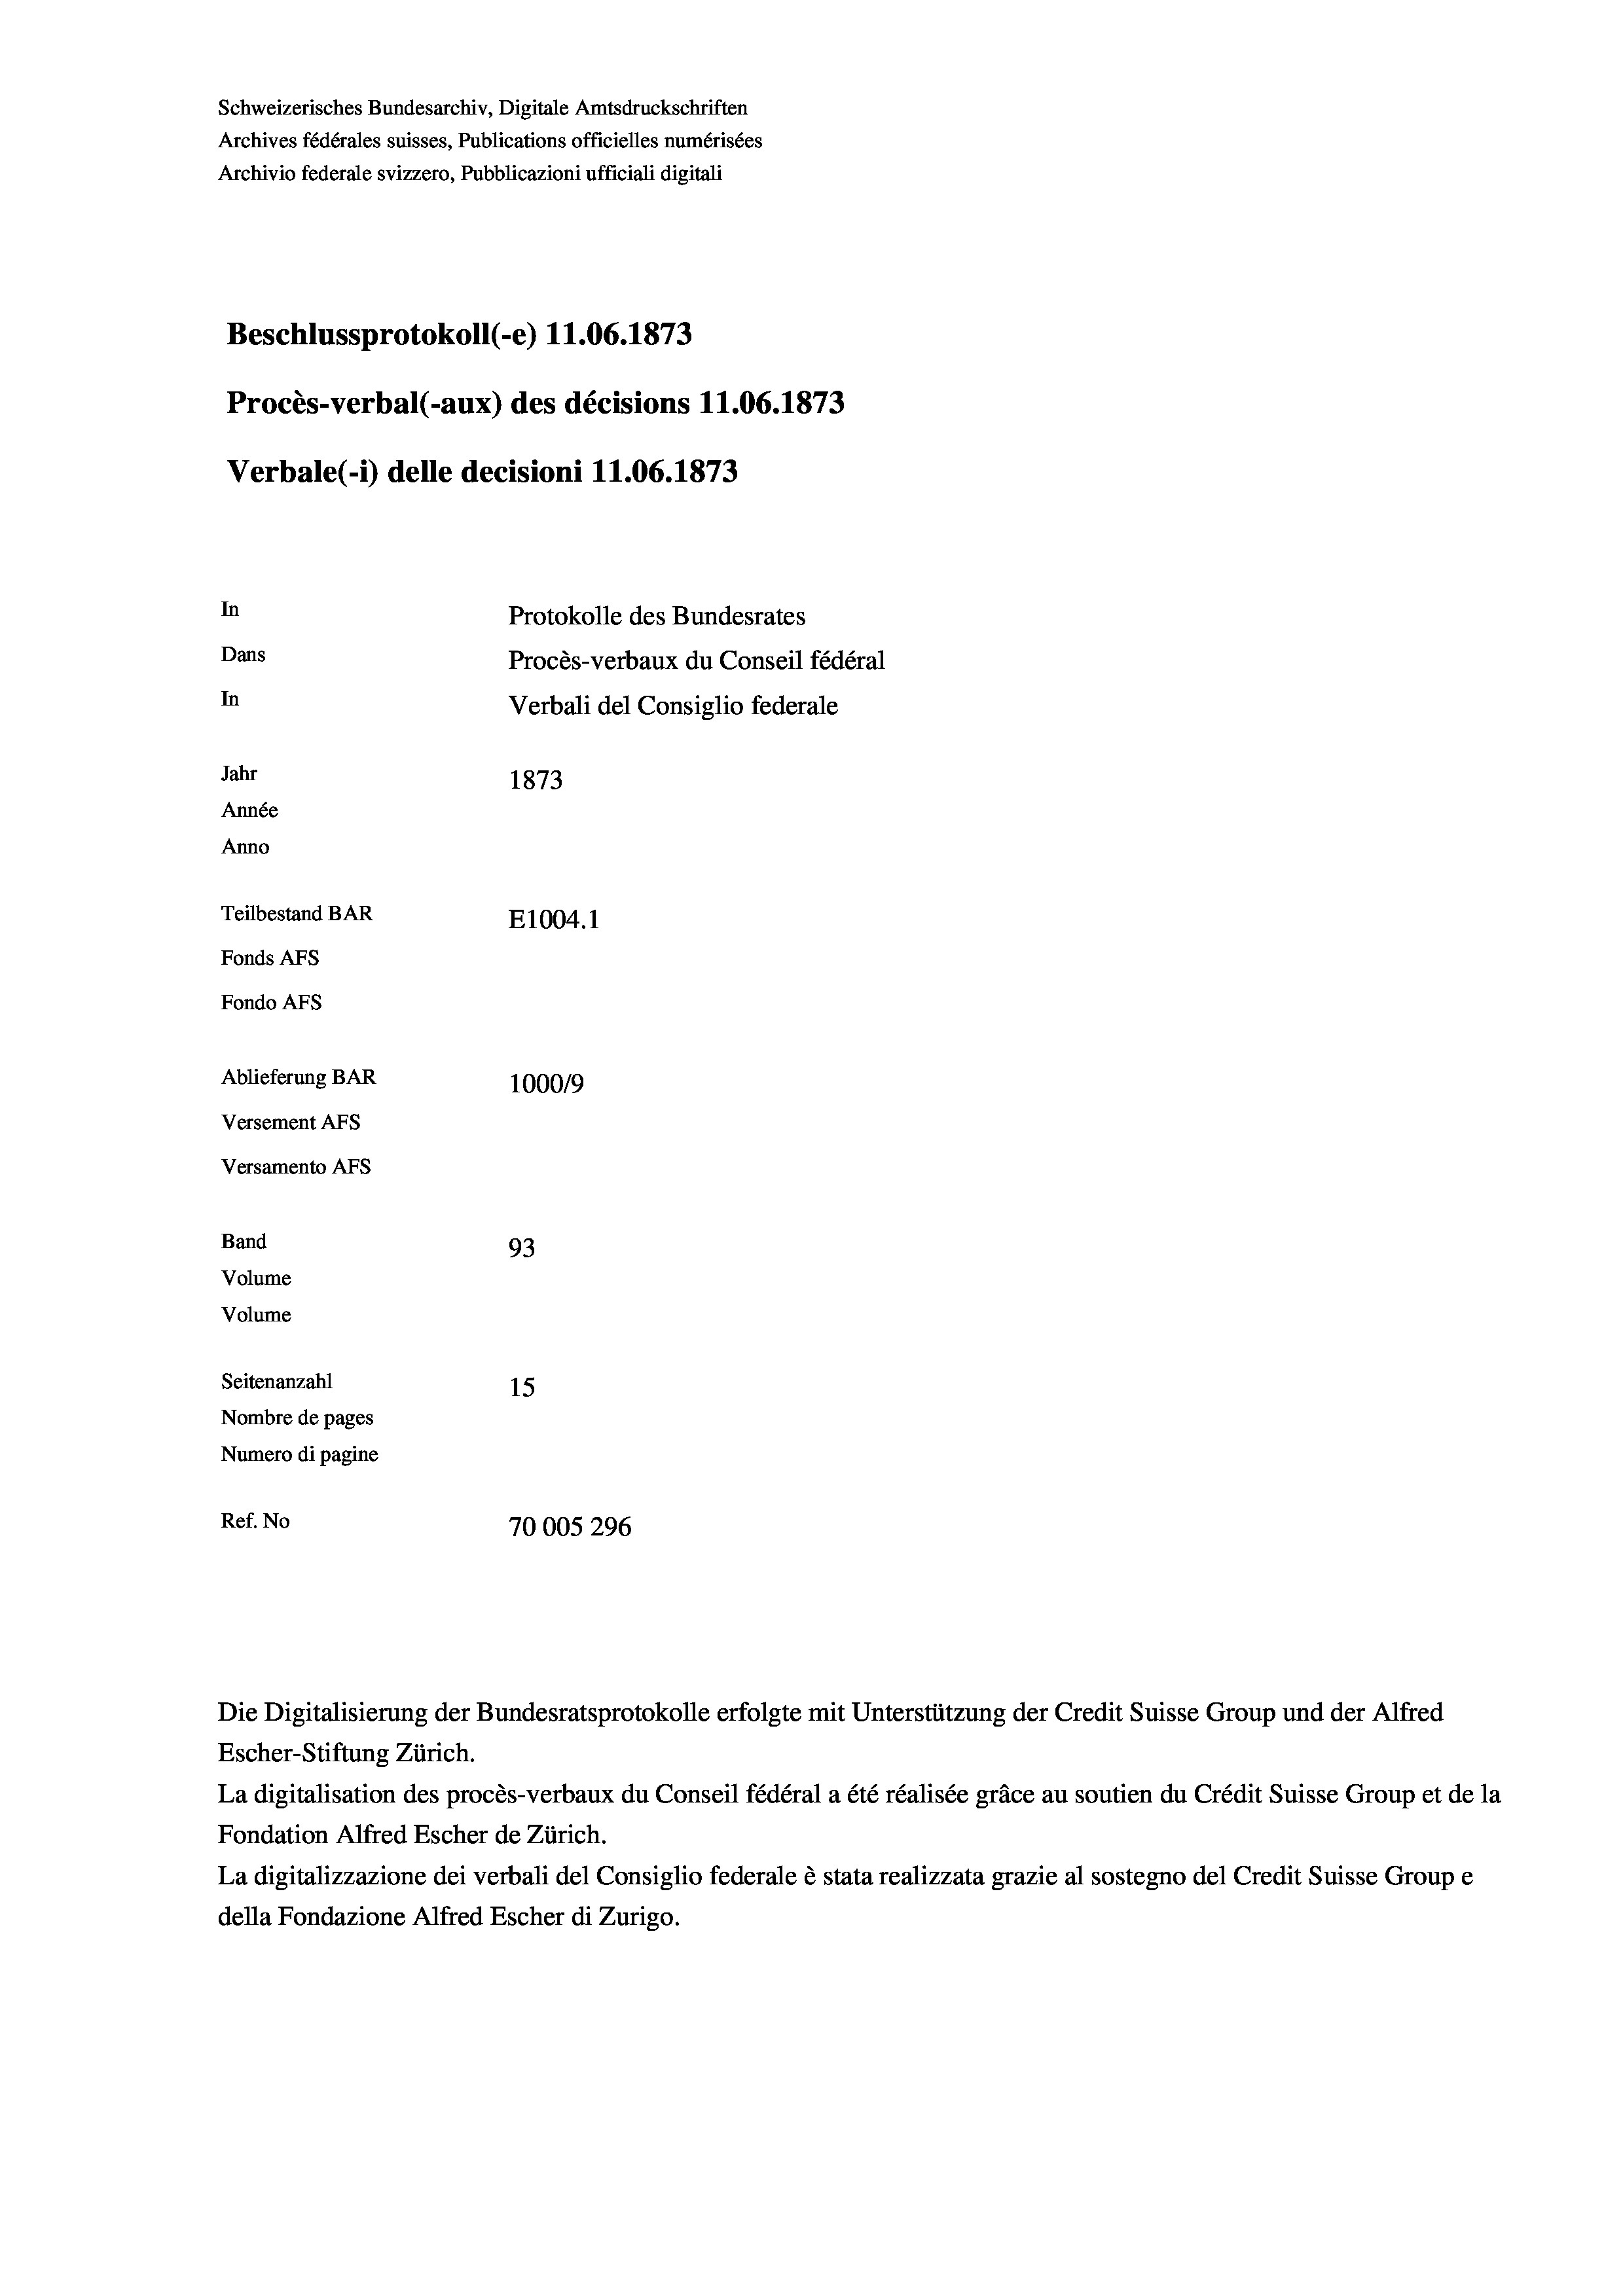
Schweizerisches Bundesarchiv, Digitale Amtsdruckschriften
Archives fédérales suisses, Publications officielles numérisées
Archivio federale svizzero, Pubblicazioni ufficiali digitali
Beschlussprotokoll (-e) 11.06. 1873
Procès-verbal (-aux) des décisions 11.06. 1873
Verbale (- 1) delle decisioni 11.06. 1873
In
Protokolle des Bundesrates
Dans
Procès-verbaux du Conseil fédéral
In
Verbali del Consiglio federale
Jahr
1873
Année
Anno
Teilbestand BAR
E1004.1
Fonds AFs
Fondo AFs
Ablieferung BAR
100019
Versement Abs
Versamento Afs
Band
93
Volume
Volume
Seitenanzahl
15
Nombre de pages
Numero di pagine
Ref. No
70005 296

Escher-Stiftung Zürich.
La digitalisation des procès-verbaux du Conseil fédéral a été réalisée gräce au soutien du Crédit Suisse Group et de la
Fondation Alfred Escher de Zürich.
La digitalizzazione dei verbali del Consiglio federale è stata realizzata grazie al sostegno del Credit Suisse Groupe
della Fondazione Alfred Escher di Zurigo.

Die Digitalisierung der Bundesratsprotokolle erfolgte mit Unterstützung der Credit Suisse Group und der Alfred